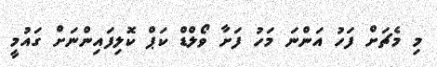
މި މެޗަށް ފަހު އަންނަ މަހު ފަށާ ވޯލްޑް ކަޕް ކޮލިފައިންނަށް ގައުމީ